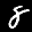
Label: 8